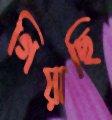
গিয়াছি